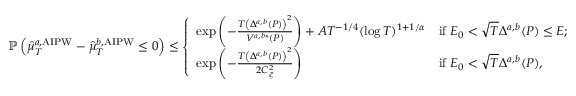
\begin{array} { r } { \mathbb { P } \left( \widehat { \mu } _ { T } ^ { a , \mathrm { A I P W } } - \widehat { \mu } _ { T } ^ { b , \mathrm { A I P W } } \leq 0 \right) \leq \left\{ \begin{array} { l l } { \exp \left( - \frac { T \left( \Delta ^ { a , b } ( P ) \right) ^ { 2 } } { V ^ { a , b * } ( P ) } \right) + A T ^ { - 1 / 4 } ( \log T ) ^ { 1 + 1 / \alpha } } & { \mathrm { i f } \ E _ { 0 } < \sqrt { T } \Delta ^ { a , b } ( P ) \leq E ; } \\ { \exp \left( - \frac { T \left( \Delta ^ { a , b } ( P ) \right) ^ { 2 } } { 2 C _ { \xi } ^ { 2 } } \right) } & { \mathrm { i f } \ E _ { 0 } < \sqrt { T } \Delta ^ { a , b } ( P ) , } \end{array} \right. } \end{array}